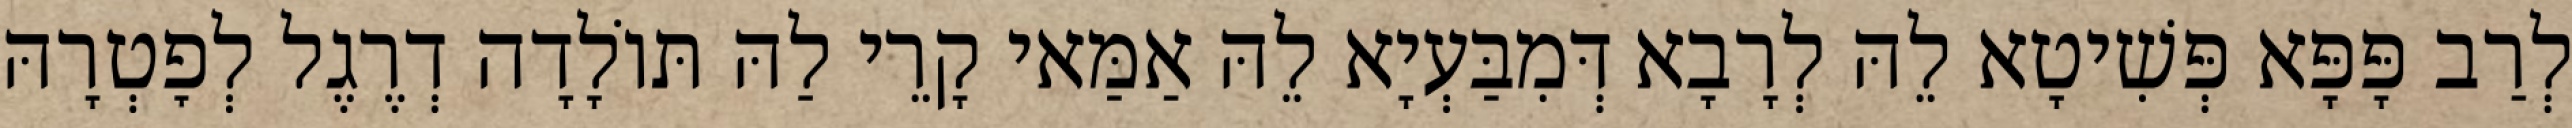
לְרַב פָּפָּא פְּשִׁיטָא לֵהּ לְרָבָא דְּמִבַּעְיָא לֵהּ אַמַּאי קָרֵי לַהּ תּוֹלָדָה דְרֶגֶל לְפׇטְרָהּ